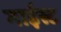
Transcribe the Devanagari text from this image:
गाईस्ट